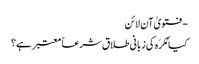
- فتویٰ آن لائن
کیا مُکرَہ کی زبانی طلاق شرعاً معتبر ہے؟